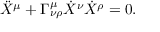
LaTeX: \ddot { X } ^ { \mu } + \Gamma _ { \nu \rho } ^ { \mu } \dot { X } ^ { \nu } \dot { X } ^ { \rho } = 0 .